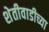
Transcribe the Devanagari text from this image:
शेतीवाडीच्या